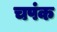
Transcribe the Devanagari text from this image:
चपंक